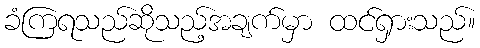
ခံကြရသည်ဆိုသည့်အချက်မှာ ထင်ရှားသည်။